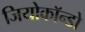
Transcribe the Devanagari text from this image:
जियोकॉन्डो